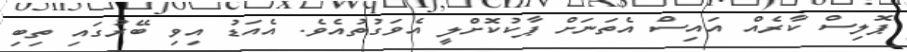
ޕޮލިސް ކާރެއް އައިސް އެތަނަށް ޕާކުކޮށްލީ އެވަގުތުއެވެ. އެއަޑު އިވި ބޭރުގައި ތިބި